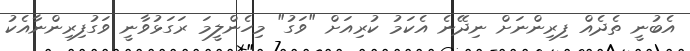
އެބުނީ ތެދެއް ފިރިންނަށް ނިދޭނެ އެކަމު ކުރިއަށް "ވަގު" މިހެންލީމަ ރަގަޅުވާނީ ވަގުފިރިންނާއެކު